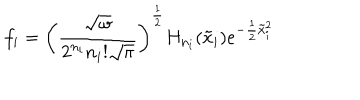
f _ { i } = \left( \frac { \sqrt { \omega } } { 2 ^ { n _ { i } } n _ { i } ! \sqrt { \pi } } \right) ^ { \frac { 1 } { 2 } } H _ { n _ { i } } ( \tilde { x } _ { i } ) e ^ { - \frac { 1 } { 2 } \tilde { x } _ { i } ^ { 2 } }